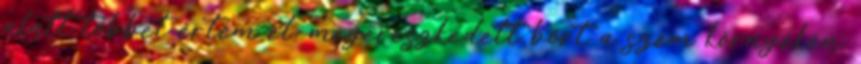
alatt többet értem el, megereszkedett bőrt a szem környékén.